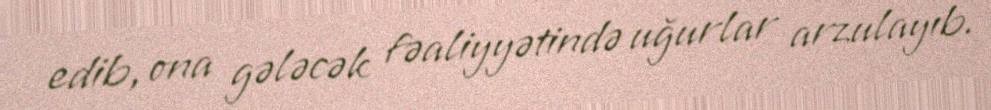
edib, ona gələcək fəaliyyətində uğurlar arzulayıb.